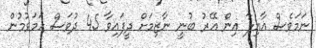
ނަމަވެސް އާއިލާ އިން އޭރު ބުނީ ނާޒިމަށް ދީފައިވާ 45 ދުވަސް ހަމަވުމުން